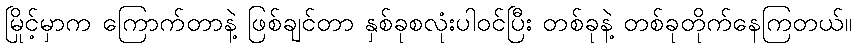
မြိုင့်မှာက ကြောက်တာနဲ့ ဖြစ်ချင်တာ နှစ်ခုစလုံးပါဝင်ပြီး တစ်ခုနဲ့ တစ်ခုတိုက်နေကြတယ်။